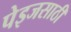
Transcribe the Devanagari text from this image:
पेइजसाठी